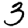
Digit: 3